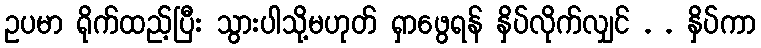
ဥပမာ ရိုက်ထည့်ပြီး သွားပါသို့မဟုတ် ရှာဖွေရန် နှိပ်လိုက်လျှင် . . နှိပ်ကာ